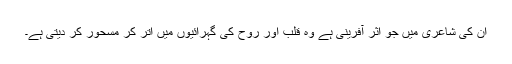
ان کی شاعری میں جو اثر آفرینی ہے وہ قلب اور روح کی گہرائیوں میں اتر کر مسحور کر دیتی ہے۔